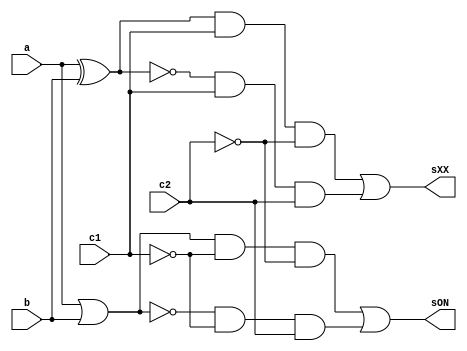
// -------------------------
// Exemplo0031 - F4
// Nome: Eduardo de Figueiredo Junior
// -------------------------
// -------------------------
// f4_gate
// -------------------------

module LU (output sON, output sXX, input a, input b, input c1, input c2);
	wire notC1,notC2,xorAB,xnorAB,orAB,norAB,and1,and2,and3,and4;
	
// ---------------------- portas not	
	
	not NOT1   (notC1, c1);
	not NOT2   (notC2, c2);
	
// ----------------------- porta xor	
	
	xor XOR1   (xorAB, a, b);
	
// ----------------------- porta xnor	
	
	xnor XNOR1 (xnorAB, a, b);

// ------------------------ porta nor

	nor NOR1   (norAB, a, b);
	
// ------------------------- portas and	
	
	and AND1   (and1, xorAB, c1, notC2);
	and AND2   (and2, xnorAB, c1, c2);
	and AND3   (and3, orAB, notC1, notC2);
	and AND4   (and4, norAB, notC1, c2);
	
// -------------------------- portas or	
	
	or  OR1    (orAB, a, b);
	or OR2     (sXX, and1, and2);
	or OR3     (sON, and3, and4);
	
endmodule 

module test_LU;

// ------------------------- definir dados
   reg x;
	reg y;
	reg c1;
	reg c2;
	wire w;
	wire z;
	
	LU modulo (w, z, x, y, c1, c2);
	
	initial begin: start
		x = 0; 
		y = 0;
		c1= 0;
		c2= 0;
	end
	
   initial begin
      $display("Exemplo0034 - Eduardo de Figueiredo Junior - 451550");
      $display("Test LU's module");
		
		$display ("\nValor da Selecao = 00");
      $monitor("Entradas : a = %b b = %b Selecao: OR = %b",x,y,w); 
		#1 
		x = 0; y = 1; c1 = 0; c2 = 0;  
		#1 
		x = 1; y = 0; c1 = 0; c2 = 0;
		#1
		x = 1; y = 1; c1 = 0; c2 = 0;
		#1
		$display ("\nValor da Selecao = 01");
		$monitor("Entradas : a = %b b = %b Selecao: NOR = %b",x,y,w);
		x = 0; y = 0; c1 = 0; c2 = 1;
		#1
		x = 0; y = 1; c1 = 0; c2 = 1;
		#1 
		x = 1; y = 0; c1 = 0; c2 = 1;
		#1 
		x = 1; y = 1; c1 = 0; c2 = 1;
		#1
		$display ("\nValor da Selecao = 10");
		$monitor("Entradas : a = %b b = %b Selecao: XOR = %b",x,y,z);
		x = 0; y = 0; c1 = 1; c2 = 0;
		#1
		x = 0; y = 1; c1 = 1; c2 = 0;
		#1 
		x = 1; y = 0; c1 = 1; c2 = 0;
		#1 
		x = 1; y = 1; c1 = 1; c2 = 0;
		#1
		$display ("\nValor da Selecao = 11");
		$monitor("Entradas : a = %b b = %b Selecao: XNOR = %b",x,y,z);
		x = 0; y = 0; c1 = 1; c2 = 1;
		#1
		x = 0; y = 1; c1 = 1; c2 = 1;
		#1 
		x = 1; y = 0; c1 = 1; c2 = 1;
		#1 
		x = 1; y = 1; c1 = 1; c2 = 1;			
   end
endmodule // test_LU